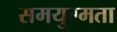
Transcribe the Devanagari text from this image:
समयुग्मता